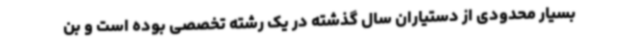
بسیار محدودی از دستیاران سال گذشته در یک رشته تخصصی بوده است و بن